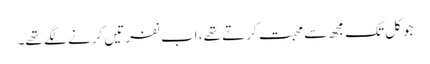
جو کل تک مجھ سے محبت کرتے تھے، اب نفرتیں کرنے لگے تھے۔